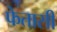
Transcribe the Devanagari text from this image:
फेतासी